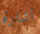
أشارة